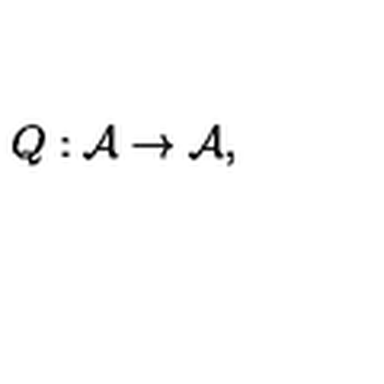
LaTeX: Q : { \cal A } \rightarrow { \cal A } ,